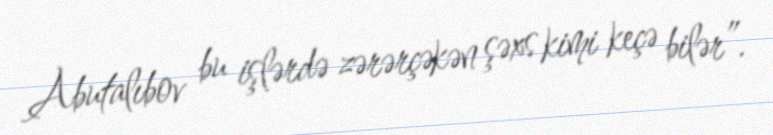
Abutalıbov bu işlərdə zərərçəkən şəxs kimi keçə bilər”.